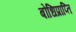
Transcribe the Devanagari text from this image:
बोधिप्राप्ति